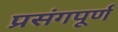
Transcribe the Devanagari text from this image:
प्रसंगपूर्ण